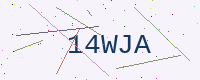
Text: 14WJA